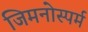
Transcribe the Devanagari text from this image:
जिमनोस्पर्म